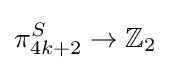
\pi _{4k+2}^{S}\to \mathbb {Z} _{2}